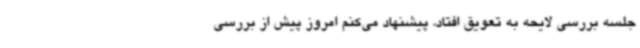
جلسه بررسی لایحه به تعویق افتاد، پیشنهاد می‌کنم امروز پیش از بررسی